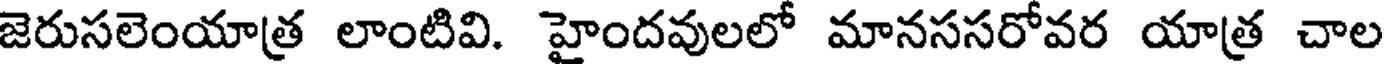
జెరుసలెంయాత్ర లాంటివి. హైందవులలో మానససరోవర యాత్ర చాల